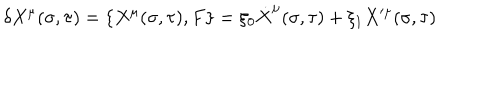
\delta X ^ { \mu } ( \sigma , \tau ) = { \lbrace X ^ { \mu } ( \sigma , \tau ) , F \rbrace } = \xi _ { 0 } \dot { X } ^ { \mu } ( \sigma , \tau ) + \xi _ { 1 } X ^ { \mu } ( \sigma , \tau )